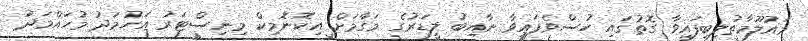
މައުލޫމާތުލިބިފައިވާ ގޮތުގައި ހުސްވެފައިވާ ނާއިބު ލީޑަރުގެ މަގާމަށް އިކޮނޮމިކް މިނިސްޓަރު އަހުމަދު މުހައްމަދު